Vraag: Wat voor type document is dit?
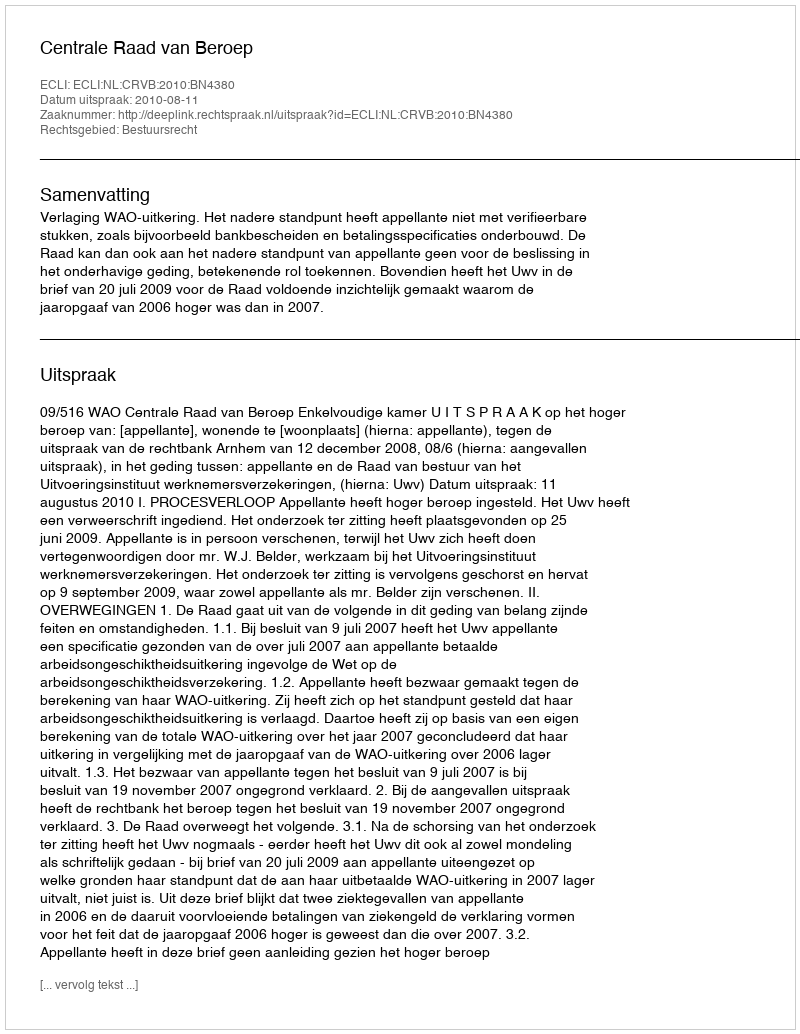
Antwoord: Uitspraak